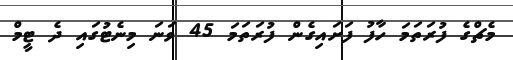
މެޗްގެ ފުރަތަމަ ހާފު ފަށައިގެން ފުރަތަމަ 45 ވަނަ މިނެޓުގައި ދެ ޓީމް